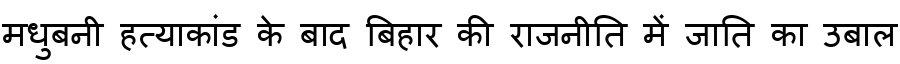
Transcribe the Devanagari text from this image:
मधुबनी हत्याकांड के बाद बिहार की राजनीति में जाति का उबाल